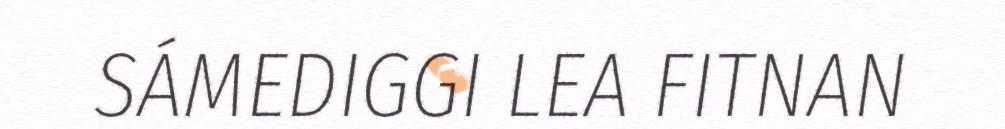
SÁMEDIGGI LEA FITNAN